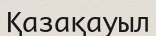
Қазақауыл